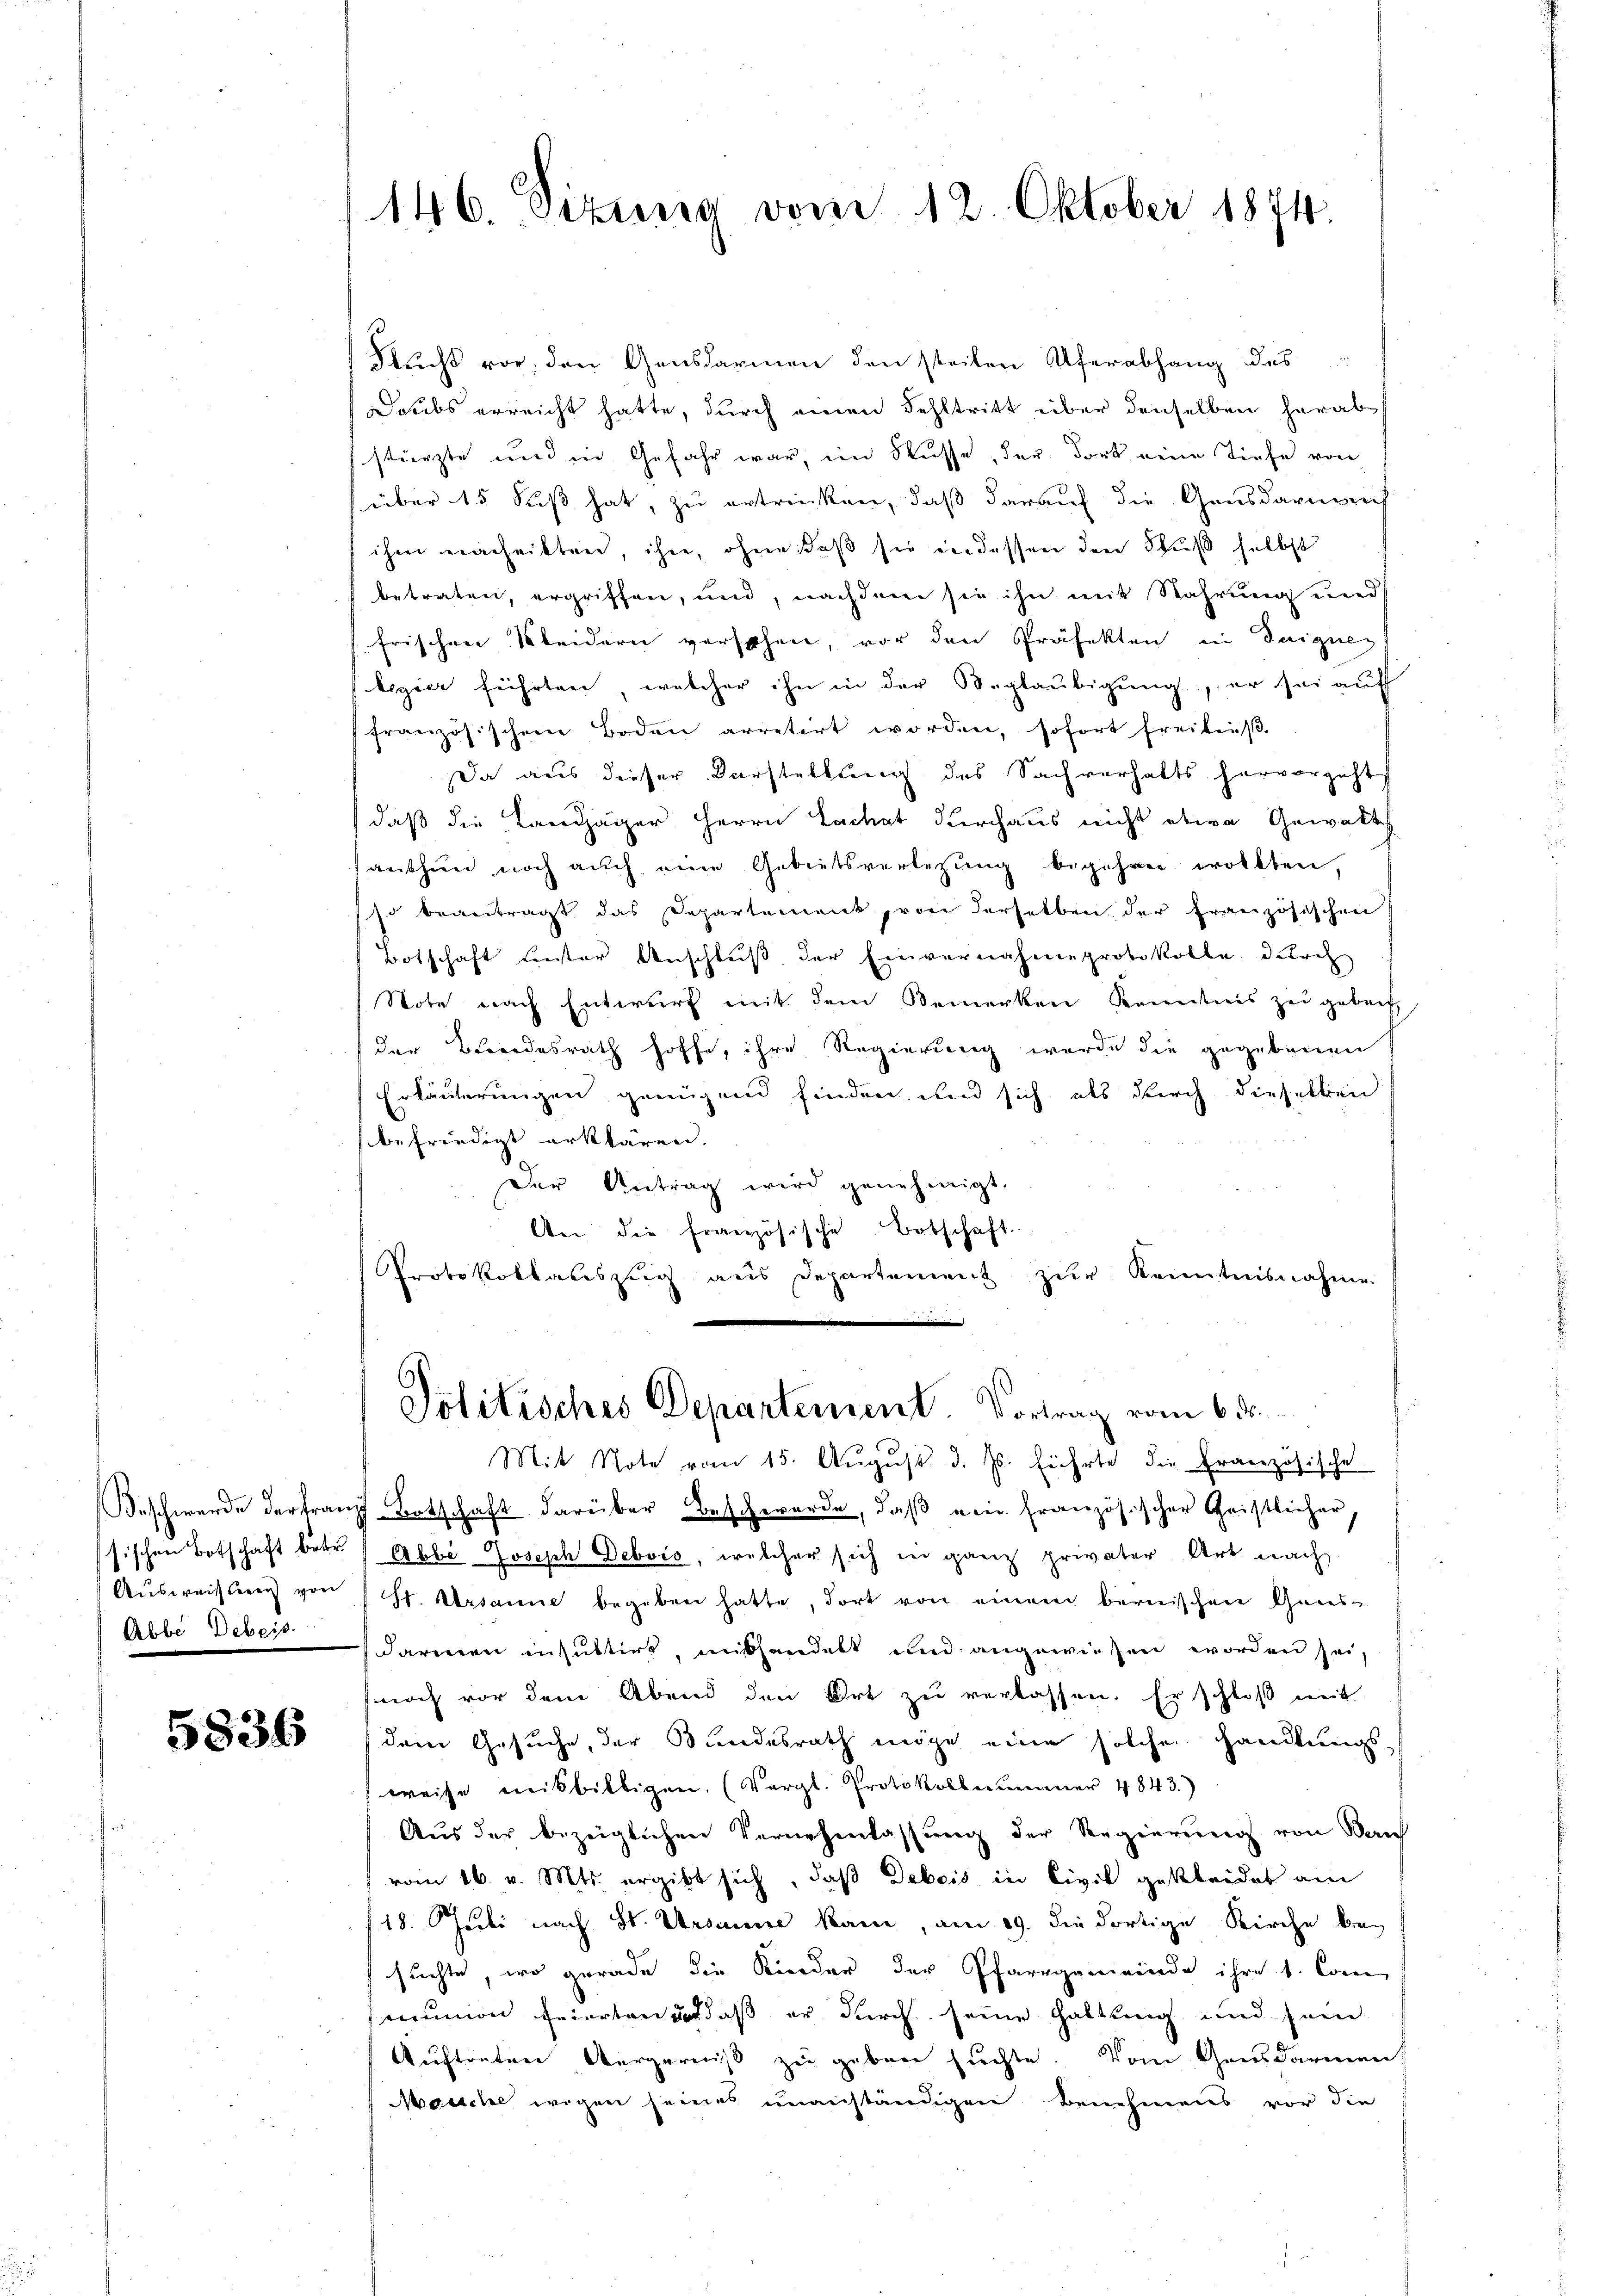
Ausweisteren von
Abbe Debeis

5836

146. Sizung vom 12. Oktober 1874.

Flucht vor, den Gensdarmen den steilen Uferabhang des
Doubs erreicht hatte, durch einen Fehltritt über denselben herab
stürzte und in Gefahr war, im Flusse, der dort eine Tiefe von
über 15 Fuß hat, zu ertrinken, daß darauf die Gensdarnach
ihm nachritten, ihre, ohne daß sie in dessen den Schuß selbst
betraten, ergriffen, und, nachdem sie ihn mit Wahrung und
frischen Kleidern versehen, vor den Präfekten in Teignen
legier führten, welcher ihn in der Beglaŭbigŭng, er sei aŭf
französischem Boden arretirt worden, sofort freibniβ-
Da aus dieser Darstellung des Sachverhalts hervorgeht,
daß die Landjäger Herrn Lachat Kirchaus nicht etwa Gewalts
anthun noch auch eine Gebietsverletzŭng begehren wollten,
so beantragt das Departement, von derselben, der französischen
Botschaft bester Anschluß der Einvernahmeprotokolle durch
Note nach Entwurf mit dem Bemerken Kenntnis zu gebaut,
der Brandesrath hoffe, ihre Regierung wurde die gegebenen
Erläuterungen genügend finden und sich als durch dieselben
befriedigt erklären.
der Antrag wird genehmigt
An die französische Botschaft
Protokollauszug aus Departement zur Kenntnisnahme
Politisches Departement. Vortrag vom 6. ds.
Mit Note vom 15. Aŭgŭst d. Js. führte die Französische
Beschwerde der tranz Botschaft darüber Beschwerde, daß ein französischer Geistlicher
ssischen Botschaft betr. Abbe Joseph Debvis, welcher sich in ganz privater Art nach
st. Ursanne begeben hatte, dort von einem bernischen Gans-
darmen insultirt, mithandelt und angewiesen worden sei
noch vor dem Abend den Ort zu verlassen. Er schloß mit
dem Gesuche, der Bundesrath möge eine solche Handlungsweise misbilligen. (Vergl. Protokollenumer 4843.)
Aus der bezeiglichen Vernehmlassung der Regierung von Kan
vom 16. v. Mts. ergibt sich, daß Debois in Civil gekleidet am
18. Juli nach St. Ursanne kam, am 19. die dortige Kirche besuchte, wo gerade die Kinder der Pfarrgemeinde ihre 1. Com
munion feierten und daß er durch seine Haltung und sein
Auftreten Aergerniß zu geben suchte. Vom Gensdarmen
Maeiche wegen seines unanständigen Benehmens vor die